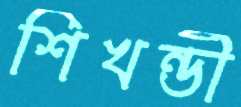
শিখন্ডী